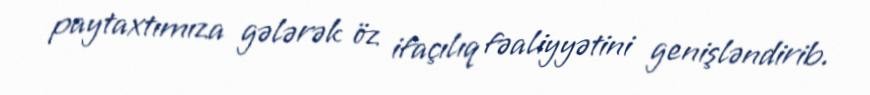
paytaxtımıza gələrək öz ifaçılıq fəaliyyətini genişləndirib.